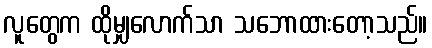
လူတွေက ထိုမျှလောက်သာ သဘောထားတော့သည်။